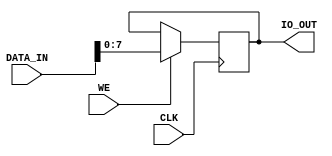
module io8( input         CLK,
            input         WE,
            input  [31:0] DATA_IN,
            output  [7:0] IO_OUT );

//reg [31:0] out_reg;
reg [7:0] out_reg;

always@ (posedge CLK)
   if(WE) out_reg <= DATA_IN[7:0];

//assign IO_OUT = SEL[1] ? (SEL[0] ? out_reg[31:24] : out_reg[23:16]) :
//                         (SEL[0] ? out_reg[15:08] : out_reg[07:00]);

assign IO_OUT = out_reg;

endmodule